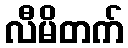
လီမိတက်